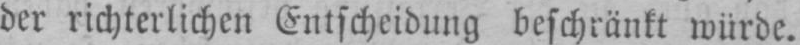
der richterlichen Entscheidung beschränkt würde.